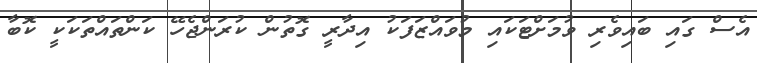
އެސް ގައި ބައިވެރި ވުމަށްޓަކައި މުވައްޒަފަކު އިދާރީ ގޮތުން ކުރަންޖެހޭ ކަންތައްތަކަކީ ކޮބާ